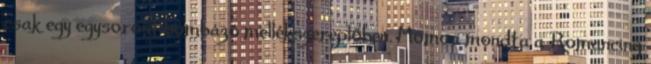
csak egy egysorost bombázó mellékszereplőben. Momoa mondta a Romancing